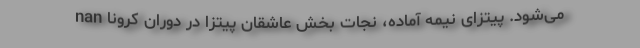
می‌شود. پیتزای نیمه آماده، نجات بخش عاشقانِ پیتزا در دوران کرونا nan